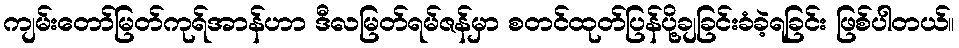
ကျမ်းတော်မြတ်ကုရ်အာန်ဟာ ဒီလမြတ်ရမ်ဇန်မှာ စတင်ထုတ်ပြန်ပို့ချခြင်းခံခဲ့ရခြင်း ဖြစ်ပါတယ်။